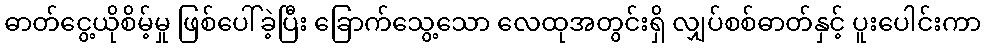
ဓာတ်ငွေ့ယိုစိမ့်မှု ဖြစ်ပေါ်ခဲ့ပြီး ခြောက်သွေ့သော လေထုအတွင်းရှိ လျှပ်စစ်ဓာတ်နှင့် ပူးပေါင်းကာ